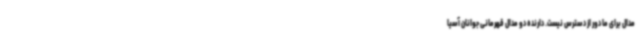
مدال برای ما دور از دسترس نیست. دارنده دو مدال قهرمانی جوانان آسیا